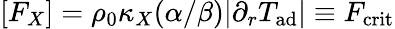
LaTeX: [F_{X}]=\rho_{0}\kappa_{X}(\alpha/\beta)|\partial_{r}T_{\mathrm{ad}}|\equiv F_{\mathrm{crit}}